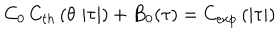
LaTeX: C _ { 0 } \, C _ { t h } \left( \theta \, \left| \tau \right| \right) + B _ { 0 } ( \tau ) = C _ { \exp } \left( \left| \tau \right| \right)